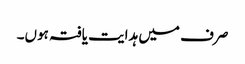
صرف میں ہدایت یافتہ ہوں۔